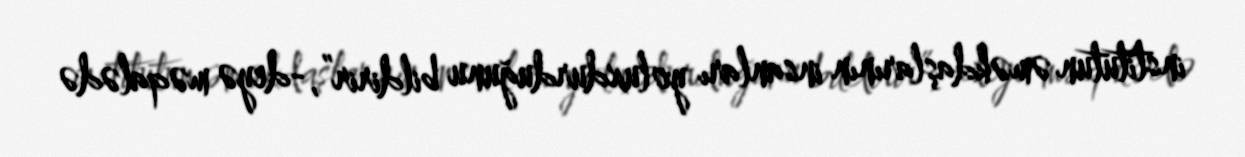
institutun əməkdaşlarının insanları yoluxdurduğunu bildirir”,-deyə məqalədə